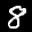
Label: 8